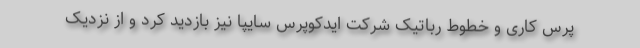
پرس کاری و خطوط رباتیک شرکت ایدکوپرس سایپا نیز بازدید کرد و از نزدیک